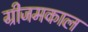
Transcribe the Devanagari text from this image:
ग्रीजमकाल